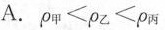
A.$$ρ_{甲}<ρ_{乙}<ρ_{丙}$$